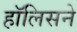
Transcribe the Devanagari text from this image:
हॉलिसने